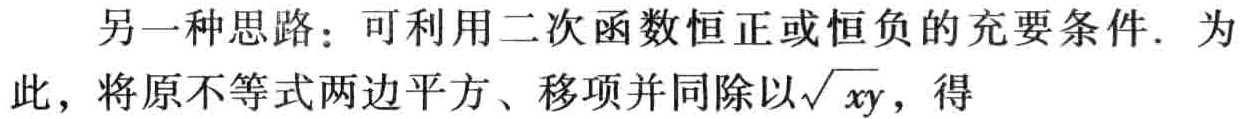
另一种思路：可利用二次函数恒正或恒负的充要条件. 为此，将原不等式两边平方、移项并同除以\(\sqrt{xy}\)，得